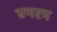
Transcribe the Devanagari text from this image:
भ्रमरम